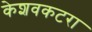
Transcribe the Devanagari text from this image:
केशवकटरा